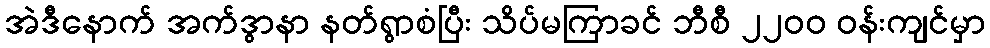
အဲဒီနောက် အက်ဒွာနာ နတ်ရွာစံပြီး သိပ်မကြာခင် ဘီစီ ၂၂၀၀ ဝန်းကျင်မှာ